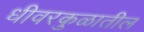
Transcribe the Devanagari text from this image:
धीवरकुळातील